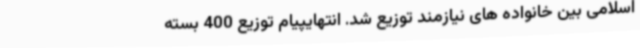
اسلامی بین خانواده های نیازمند توزیع شد. انتهایپیام توزیع 400 بسته